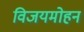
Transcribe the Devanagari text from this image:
विजयमोहन